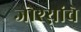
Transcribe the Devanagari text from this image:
जोश्य़ांचे